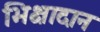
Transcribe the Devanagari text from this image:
भिक्षादान